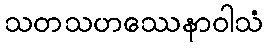
သတသဟဿေနာဝါသံ